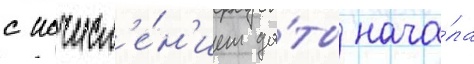
с исчисл'е́н'ием да́ты нача́ла